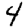
Digit: 4